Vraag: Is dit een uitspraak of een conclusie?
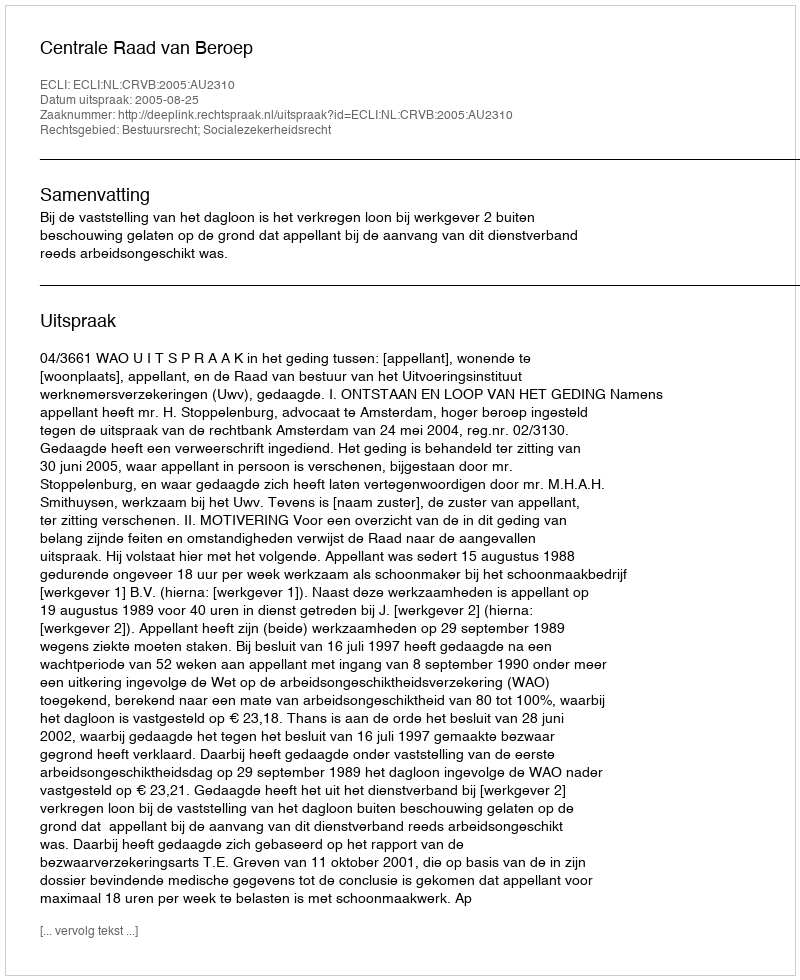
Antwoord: Uitspraak